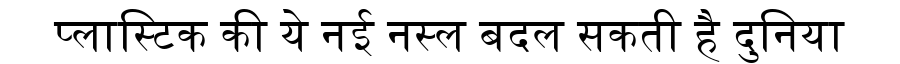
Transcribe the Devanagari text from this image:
प्लास्टिक की ये नई नस्ल बदल सकती है दुनिया